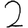
Digit: 2